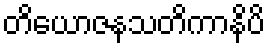
တိယောဇနသတိကာနိပိ